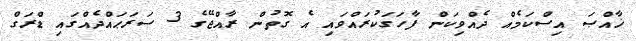
ޚާއްޞަ އިސްކަމެއް ދެއްވިކަން ފާހަގަކުރައްވައި އެ ގޮތުން ރާއްޖޭގެ 3 ސަރަޙައްދެއްގައި ޑްރަގް